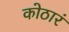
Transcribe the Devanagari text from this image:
कोठारं